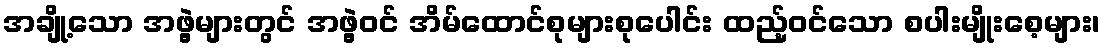
အချို့သော အဖွဲ့များတွင် အဖွဲ့ဝင် အိမ်ထောင်စုများစုပေါင်း ထည့်ဝင်သော စပါးမျိုးစေ့များ၊